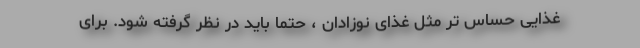
غذایی حساس تر مثل غذای نوزادان ، حتما باید در نظر گرفته شود. برای